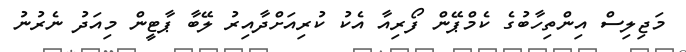
މަޖިލިސް އިންތިހާބުގެ ކެމްޕޭން ފޯރިއާ އެކު ކުރިއަށްދާއިރު ލޭބާ ޕާޓީން މިއަދު ނެރުނު